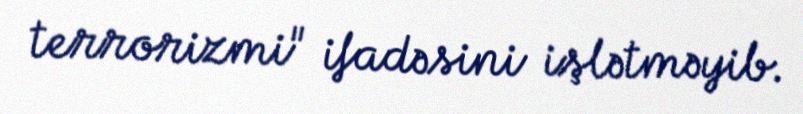
terrorizmi" ifadəsini işlətməyib.